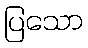
ပြသော